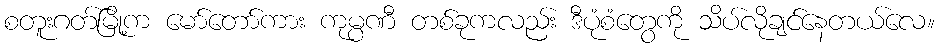
စတူးဂတ်မြို့က မော်တော်ကား ကုမ္ပဏီ တစ်ခုကလည်း ဒီပုံစံတွေကို သိပ်လိုချင်နေတယ်လေ။